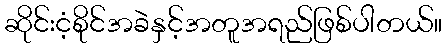
ဆိုင်းငံ့စိုင်အခဲနှင့်အတူအရည်ဖြစ်ပါတယ်။